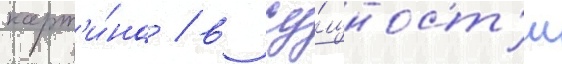
карт'и́на / в су́щност'и